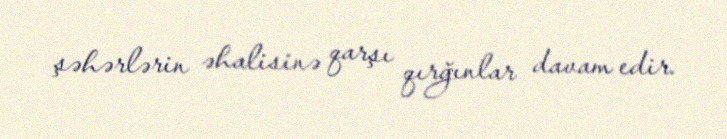
şəhərlərin əhalisinə qarşı qırğınlar davam edir.